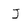
Character: J